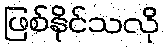
ဖြစ်နိုင်သလို